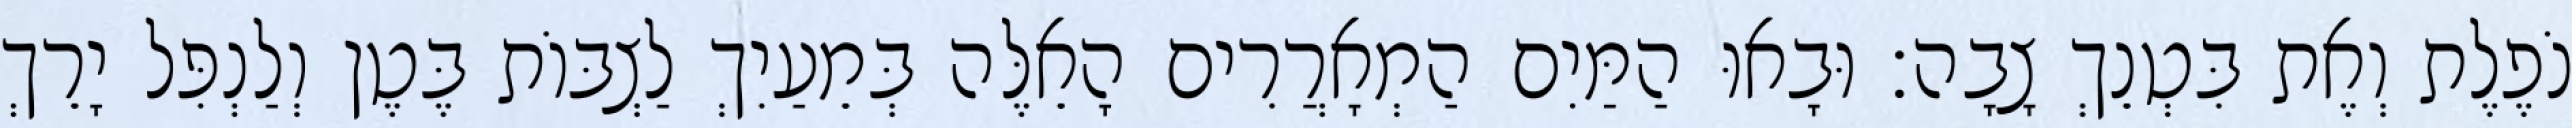
נֹפֶלֶת וְאֶת בִּטְנֵךְ צָבָה׃ וּבָאוּ הַמַּיִם הַמְאָרֲרִים הָאֵלֶּה בְּמֵעַיִךְ לַצְבּוֹת בֶּטֶן וְלַנְפִּל יָרֵךְ